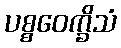
ပစ္စဝေက္ခိသံ